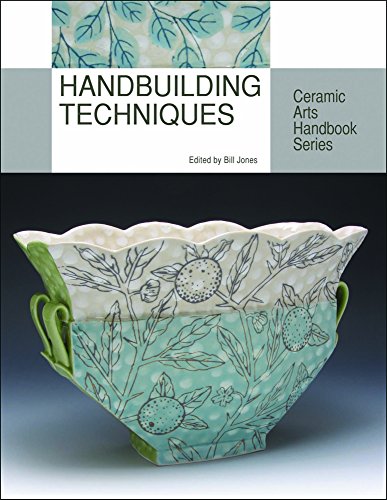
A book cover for Handbuilding Techniques (Ceramic Arts Handbook Series); Edited by Bill Jones; Crafts, Hobbies & Home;